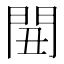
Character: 𨳞